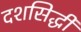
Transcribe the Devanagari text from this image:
दशसिद्धी